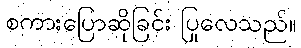
စကားပြောဆိုခြင်း ပြုလေသည်။